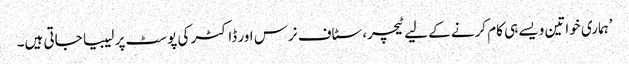
’ہماری خواتین ویسے ہی کام کرنے کے لیے ٹیچر، سٹاف نرس اور ڈاکٹر کی پوسٹ پر لیبیا جاتی ہیں۔